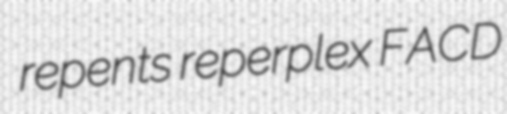
repents reperplex FACD